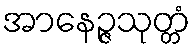
အာနေဉ္ဇသုတ္တံ